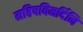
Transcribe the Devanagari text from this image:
महिषविमर्दिनि